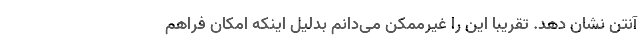
آنتن نشان دهد. تقریباً این را غیرممکن می‌دانم بدلیل اینکه امکان فراهم